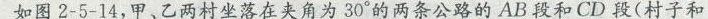
如图2-5-14，甲、乙两村坐落在夹角为30°的两条公路的AB段和CD段(村子和